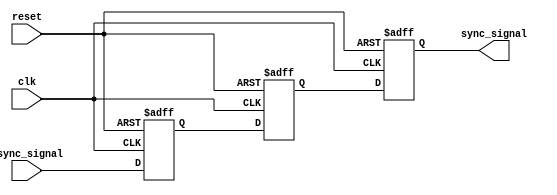
module triple_flip_flop_synchronizer (
    input wire clk,              // Clock signal
    input wire async_signal,     // Asynchronous input signal
    input wire reset,            // Optional reset signal
    output reg sync_signal       // Synchronized output signal
);

    // Internal wires for storing outputs of the flip-flops
    reg sync_signal_1;  // Output of the first flip-flop
    reg sync_signal_2;  // Output of the second flip-flop

    // Always block, triggered on the rising edge of the clock
    always @(posedge clk or posedge reset) begin
        if (reset) begin
            // Reset the flip-flops to a known state
            sync_signal <= 1'b0;
            sync_signal_1 <= 1'b0;
            sync_signal_2 <= 1'b0;
        end else begin
            // Capture the async_signal with the first flip-flop
            sync_signal_1 <= async_signal;
            // Capture the output of the first flip-flop with the second flip-flop
            sync_signal_2 <= sync_signal_1;
            // Capture the output of the second flip-flop to produce the final synchronized output
            sync_signal <= sync_signal_2;
        end
    end

endmodule